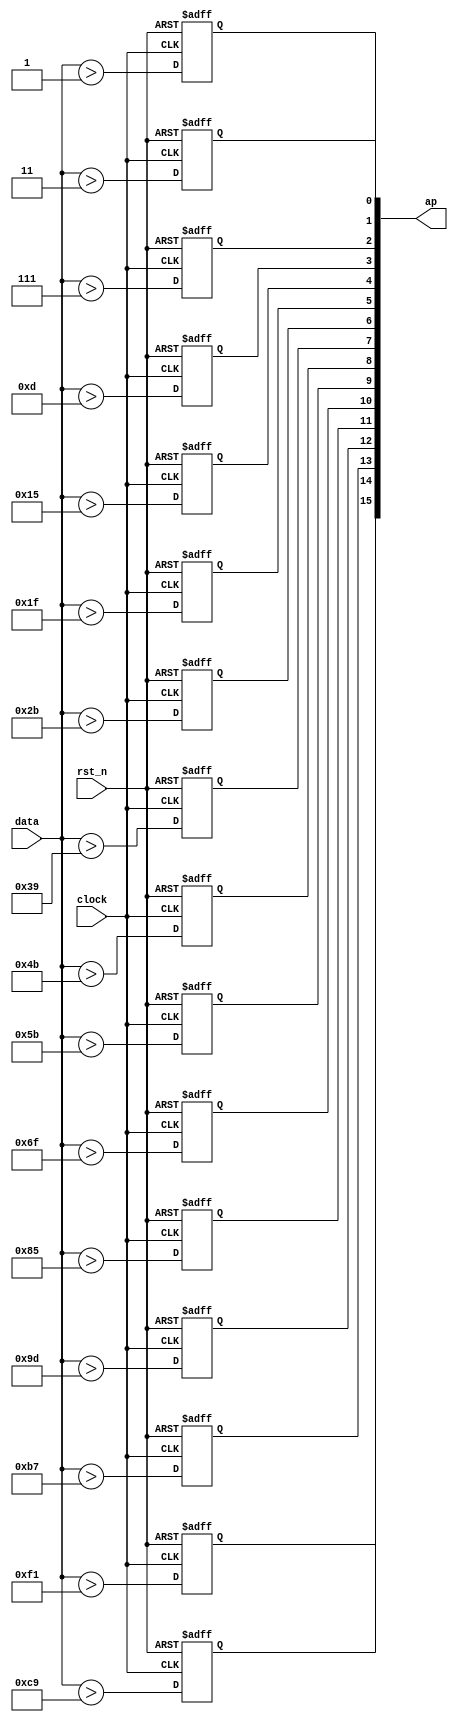
module sqrt_amp (
    input   clock,
    input   rst_n,

    input   [7 : 0] data,
    output  reg [15: 0] ap
    );

    localparam [8*16-1 : 0] thresh = {
        8'd1, 8'd3, 8'd7, 8'd13, 8'd21, 8'd31, 8'd43, 8'd57,
        8'd75, 8'd91, 8'd111, 8'd133, 8'd157, 8'd183, 8'd201, 8'd241
    };

    genvar i;
    generate
        for (i = 0; i < 16; i = i + 1) begin: CMP
            always @ (posedge clock or negedge rst_n) begin
                if (~rst_n) begin
                    ap[15-i] <= 1'b0;
                end
                else begin
                    ap[15-i] <= data > thresh[(i+1)*8-1 -: 8];
                end
            end
        end
    endgenerate

endmodule